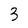
Character: 3